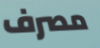
مصرف